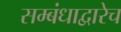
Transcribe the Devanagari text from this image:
सम्बंधाद्वारेच